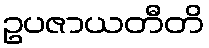
ဥပဇာယတီတိ